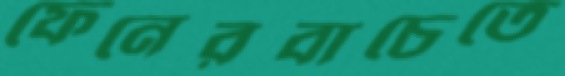
ফেনেরবাচেতে